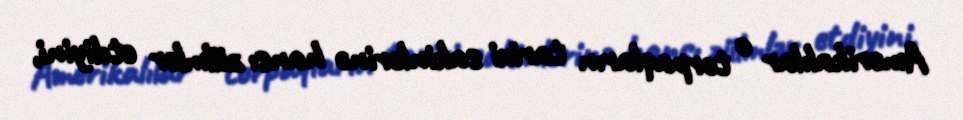
Amerikalılar o torpaqların tarixi sakinlərinə hansı zülmlər etdiyini,